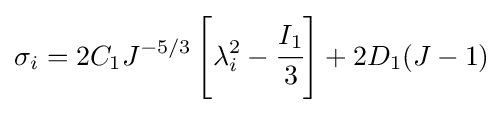
\sigma _{i}=2C_{1}J^{-5/3}\left[\lambda _{i}^{2}-{\cfrac {I_{1}}{3}}\right]+2D_{1}(J-1)